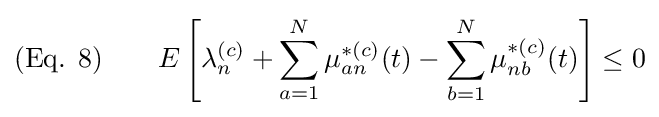
{\text{(Eq. 8)}}\qquad E\left[\lambda _{n}^{(c)}+\sum _{a=1}^{N}\mu _{an}^{*(c)}(t)-\sum _{b=1}^{N}\mu _{nb}^{*(c)}(t)\right]\leq 0